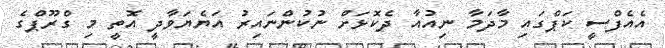
އެއެފްސީ ކަޕްގައި މާދަމާ ނިއުއާ ދެކޮޅަށް ނުކުންނައިރު އަޔެޔަވާދީ އޮތީ މި ގްރޫޕްގެ